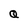
Character: Q